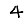
Digit: 4